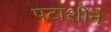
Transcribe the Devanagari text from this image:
पटाशीने